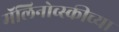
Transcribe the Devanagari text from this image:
मॅलिनोव्स्कीच्या